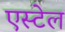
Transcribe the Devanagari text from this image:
एस्टेल